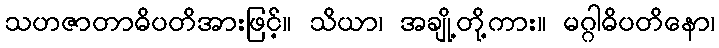
သဟဇာတာဓိပတိအားဖြင့်။ သိယာ၊ အချို့တို့ကား။ မဂ္ဂါဓိပတိနော၊